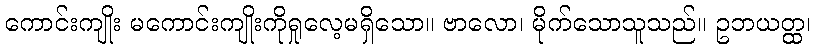
ကောင်းကျိုး မကောင်းကျိုးကိုရှုလေ့မရှိသော။ ဗာလော၊ မိုက်သောသူသည်။ ဥဘယတ္ထ၊